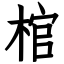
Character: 棺